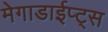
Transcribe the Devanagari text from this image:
मेगाडाईप्ट्स